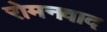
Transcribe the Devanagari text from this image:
रोमनवाद